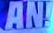
AN